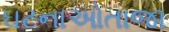
ઘટનાઓતાજા